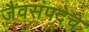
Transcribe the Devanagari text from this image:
जैवसंपदेचे